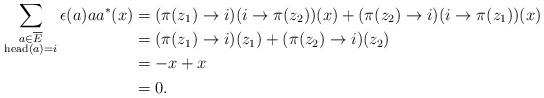
LaTeX: \begin{align*}\smash{\sum_{\substack{a \in \overline{E}\\ \mathrm{head}(a) = i}} \epsilon(a) aa^*}(x) &= (\pi(z_1) \to i)(i \to \pi(z_2))(x) + (\pi(z_2) \to i)(i \to \pi(z_1))(x)\\ &= (\pi(z_1) \to i)(z_1) + (\pi(z_2) \to i)(z_2)\\ &= -x + x\\ &= 0.\end{align*}